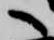
へ